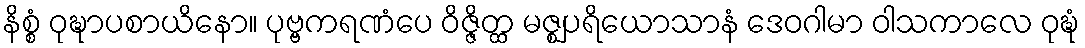
နိစ္စံ ဝုဍ္ဎာပစာယိနော။ ပုဗ္ဗကရဏံပေ ဝိဇ္ဇိတ္ထ မဇ္ဈပရိယောသာနံ ဒေဝဂါမာ ဝါသကာလေ ဝုဍ္ဎံ